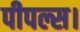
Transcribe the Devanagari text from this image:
पीपल्स।